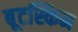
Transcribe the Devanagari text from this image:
बूटस्किन